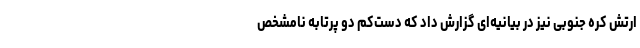
ارتش کره جنوبی نیز در بیانیه‌ای گزارش داد که دست‌کم دو پرتابه نامشخص